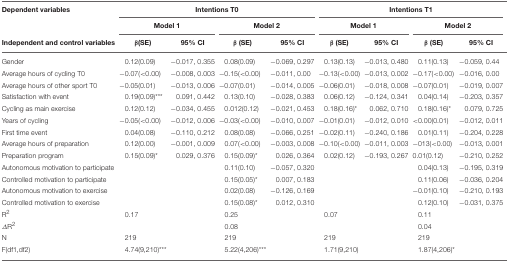
<table><thead><tr><td><b>Dependent variables</b></td><td colspan="4"><b>Intentions T0</b></td><td colspan="4"><b>Intentions T1</b></td></tr><tr><td></td><td colspan="2"><b>Model 1</b></td><td colspan="2"><b>Model 2</b></td><td colspan="2"><b>Model 1</b></td><td colspan="2"><b>Model 2</b></td></tr><tr><td><b>Independent and control variables</b></td><td><b>β(SE)</b></td><td><b>95% CI</b></td><td><b>β (SE)</b></td><td><b>95% CI</b></td><td><b>β (SE)</b></td><td><b>95% CI</b></td><td><b>β (SE)</b></td><td><b>95% CI</b></td></tr></thead><tbody><tr><td>Gender</td><td>0.12(0.09)</td><td>−0.017,0.355</td><td>0.08(0.09)</td><td>−0.069,0.297</td><td>0.13(0.13)</td><td>−0.013,0.480</td><td>0.11(0.13)</td><td>−0.059,0.44</td></tr><tr><td>Average hours of cycling T0</td><td>−0.07(&lt;0.00)</td><td>−0.008,0.003</td><td>−0.15(&lt;0.00)</td><td>−0.011,0.00</td><td>−0.13(&lt;0.00)</td><td>−0.013,0.002</td><td>−0.17(&lt;0.00)</td><td>−0.016,0.00</td></tr><tr><td>Average hours of other sport T0</td><td>−0.05(0.01)</td><td>−0.013,0.006</td><td>−0.07(0.01)</td><td>−0.014,0.005</td><td>−0.06(0.01)</td><td>−0.018,0.008</td><td>−0.07(0.01)</td><td>−0.019,0.007</td></tr><tr><td>Satisfaction with event</td><td>0.19(0.09)<sup>***</sup></td><td>0.091,0.442</td><td>0.13(0.10)</td><td>−0.028,0.383</td><td>0.06(0.12)</td><td>−0.124,0.341</td><td>0.04(0.14)</td><td>−0.203,0.357</td></tr><tr><td>Cycling as main exercise</td><td>0.12(0.12)</td><td>−0.034,0.455</td><td>0.012(0.12)</td><td>−0.021,0.453</td><td>0.18(0.16)<sup>*</sup></td><td>0.062,0.710</td><td>0.18(0.16)<sup>*</sup></td><td>0.079,0.725</td></tr><tr><td>Years of cycling</td><td>−0.05(&lt;0.00)</td><td>−0.012,0.006</td><td>−0.03(&lt;0.00)</td><td>−0.010,0.007</td><td>−0.01(0.01)</td><td>−0.012,0.010</td><td>&lt;0.00(0.01)</td><td>−0.012,0.011</td></tr><tr><td>First time event</td><td>0.04(0.08)</td><td>−0.110,0.212</td><td>0.08(0.08)</td><td>−0.066,0.251</td><td>−0.02(0.11)</td><td>−0.240,0.186</td><td>0.01(0.11)</td><td>−0.204,0.228</td></tr><tr><td>Average hours of preparation</td><td>0.12(0.00)</td><td>−0.001,0.009</td><td>0.07(&lt;0.00)</td><td>−0.003,0.008</td><td>−0.10(&lt;0.00)</td><td>−0.011,0.003</td><td>−013(&lt;0.00)</td><td>−0.013,0.001</td></tr><tr><td>Preparation program</td><td>0.15(0.09)<sup>*</sup></td><td>0.029,0.376</td><td>0.15(0.09)<sup>*</sup></td><td>0.026,0.364</td><td>0.02(0.12)</td><td>−0.193,0.267</td><td>0.01(0.12)</td><td>−0.210,0.252</td></tr><tr><td>Autonomous motivation to participate</td><td></td><td></td><td>0.11(0.10)</td><td>−0.057,0.320</td><td></td><td></td><td>0.04(0.13)</td><td>−0.195,0.319</td></tr><tr><td>Controlled motivation to participate</td><td></td><td></td><td>0.15(0.05)<sup>*</sup></td><td>0.007,0.183</td><td></td><td></td><td>0.11(0.06)</td><td>−0.036,0.204</td></tr><tr><td>Autonomous motivation to exercise</td><td></td><td></td><td>0.02(0.08)</td><td>−0.126,0.169</td><td></td><td></td><td>−0.01(0.10)</td><td>−0.210,0.193</td></tr><tr><td>Controlled motivation to exercise</td><td></td><td></td><td>0.15(0.08)<sup>*</sup></td><td>0.012,0.310</td><td></td><td></td><td>0.12(0.10)</td><td>−0.031,0.375</td></tr><tr><td>R<sup>2</sup></td><td>0.17</td><td></td><td>0.25</td><td></td><td>0.07</td><td></td><td>0.11</td><td></td></tr><tr><td>ΔR<sup>2</sup></td><td></td><td></td><td>0.08</td><td></td><td></td><td></td><td>0.04</td><td></td></tr><tr><td>N</td><td>219</td><td></td><td>219</td><td></td><td>219</td><td></td><td>219</td><td></td></tr><tr><td>F(df1,df2)</td><td>4.74(9,210)<sup>***</sup></td><td></td><td>5.22(4,206)<sup>***</sup></td><td></td><td>1.71(9,210)</td><td></td><td>1.87(4,206)<sup>*</sup></td><td></td></tr></tbody></table>